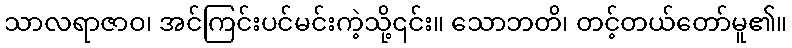
သာလရာဇာဝ၊ အင်ကြင်းပင်မင်းကဲ့သို့၎င်း။ သောဘတိ၊ တင့်တယ်တော်မူ၏။